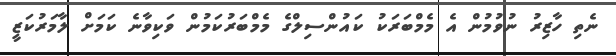
ނެތި ހާޒިރު ނުވުމުން އެ މެމްބަރަކު ކައުންސިލްގެ މެމްބަރުކަމުން ވަކިވާނެ ކަމަށް ލާމަރުކަޒީ